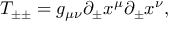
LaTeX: T _ { \pm \pm } = g _ { \mu \nu } \partial _ { \pm } x ^ { \mu } \partial _ { \pm } x ^ { \nu } ,